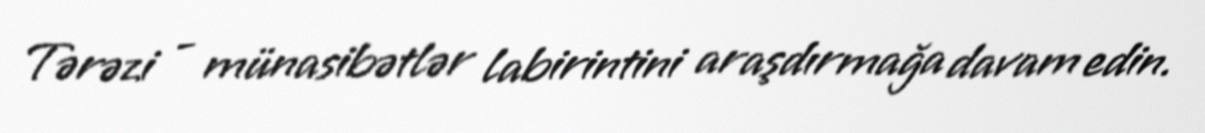
Tərəzi - münasibətlər labirintini araşdırmağa davam edin.